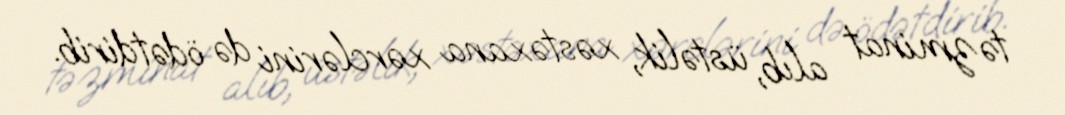
təzminat alıb, üstəlik, xəstəxana xərclərini də ödətdirib.